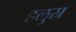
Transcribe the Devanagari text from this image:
हलुस्र